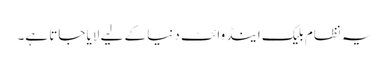
یہ نظام بلیک اینڈ وائٹ دنیا کے لیے لایا جاتا ہے۔